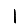
Digit: 1